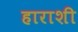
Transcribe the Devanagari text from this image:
हाराशी